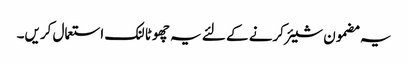
یہ مضمون شیئر کرنے کے لئے یہ چھوٹا لنک استعمال کریں۔